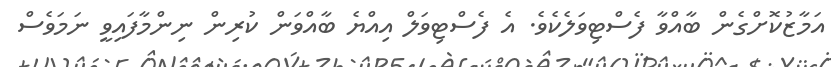
އަމާޒުކޮށްގެން ބާއްވާ ފެސްޓިވަލެކެވެ. އެ ފެސްޓިވަލް އިއްޔެ ބާއްވަން ކުރިން ނިންމާފައިވީ ނަމަވެސް